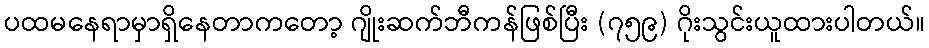
ပထမနေရာမှာရှိနေတာကတော့ ဂျိုးဆက်ဘီကန်ဖြစ်ပြီး (၇၅၉) ဂိုးသွင်းယူထားပါတယ်။